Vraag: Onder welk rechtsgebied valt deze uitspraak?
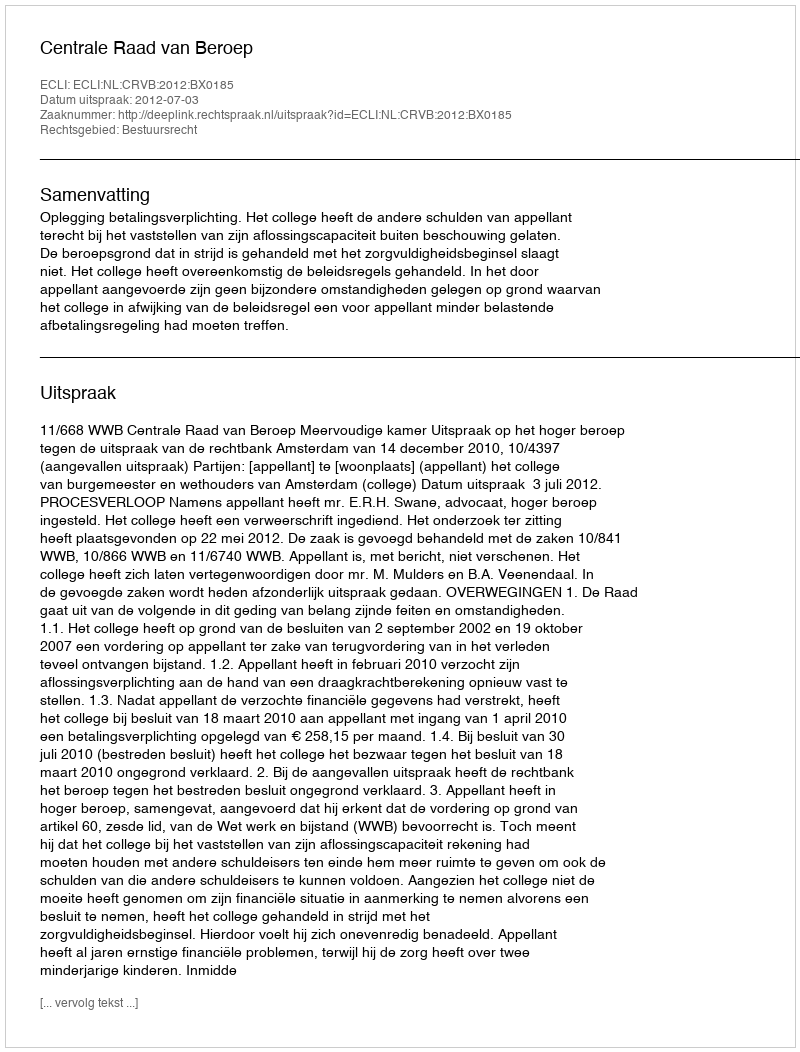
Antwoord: Bestuursrecht